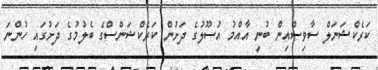
ކަރެކްޝަނަލް ސާވިސްއިން ބުނީ އާއްމު އުސޫލުގެ ދަށުން ކަރެކްޝަންސްގެ ބެލުމުގެ ދަށުގައި ހުންނަ